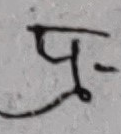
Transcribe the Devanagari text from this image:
पू